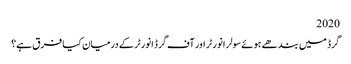
2020
گرڈ میں بندھے ہوئے سولر انورٹر اور آف گرڈ انورٹر کے درمیان کیا فرق ہے؟